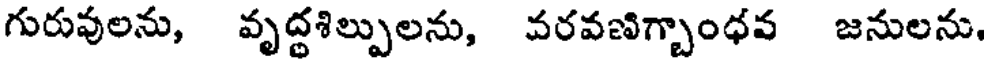
గురువులను, వృద్ధశిల్పులను, వరవణిగ్బాంధవ జనులను,